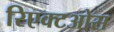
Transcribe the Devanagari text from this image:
रिएक्टओस